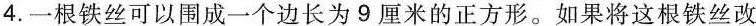
4.一根铁丝可以围成一个边长为9厘米的正方形。如果将这根铁丝改